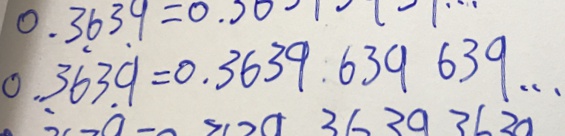
0 . 3 \dot { 6 } 3 \dot { 9 } = 0 . 3 6 3 9 : 6 3 9 6 3 9 \cdots